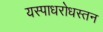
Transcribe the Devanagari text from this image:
यस्पाधरोधस्तन